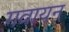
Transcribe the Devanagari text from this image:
गवायन